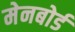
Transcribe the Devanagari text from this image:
मेनबोर्ड